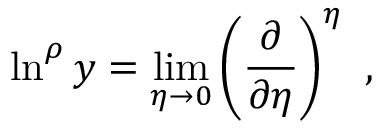
\ln ^ { \rho } y = \operatorname * { l i m } _ { \eta \rightarrow 0 } \left( { \frac { \partial } { \partial \eta } } \right) ^ { \eta } \ ,